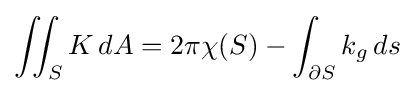
\iint _{S}K\,dA=2\pi \chi (S)-\int _{\partial S}k_{g}\,ds